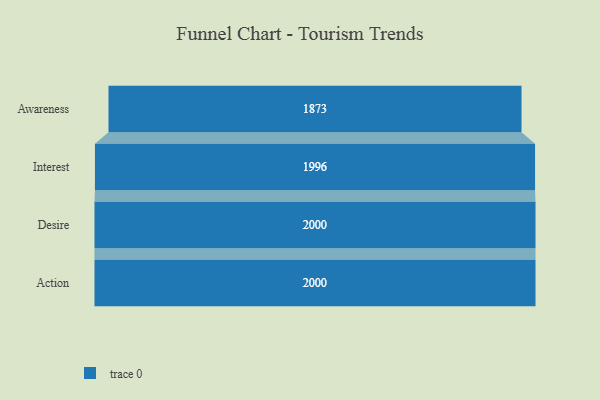
{"axis": {"x": "Stage", "y": "Value"}, "legend": [""], "data": [{"x": "Awareness", "y": 1873.0, "type": ""}, {"x": "Interest", "y": 1996.0, "type": ""}, {"x": "Desire", "y": 2000, "type": ""}, {"x": "Action", "y": 2000, "type": ""}]}